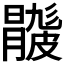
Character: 𥀦